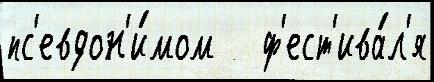
пс'евдон'и́мом   ф'ест'ива́л'я